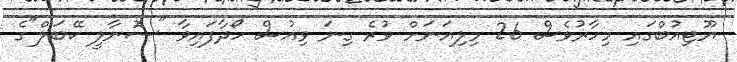
ޔޫޓިއުބްގައި މިހާރުވެސް 26 މިލިއަނަށް ވުރެ ގިނަ ވިއުސް ހޯދާފައިވާ "ސޮނާލީ ކޭބަލް"ގެ